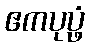
ဧကပုပ္ဖံ